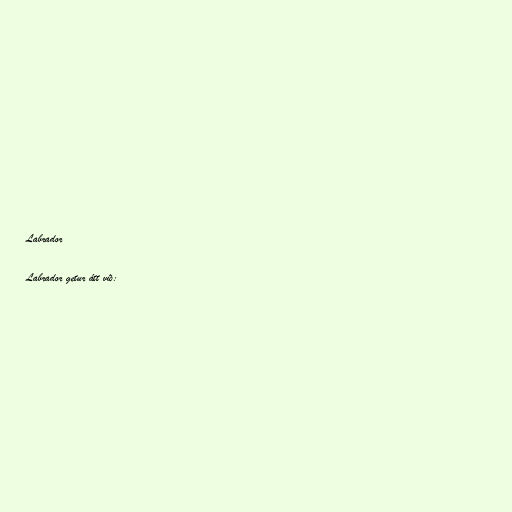
Labrador

Labrador getur átt við: